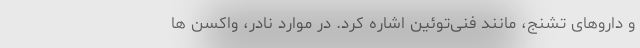
و داروهای تشنج، مانند فنی‌توئین اشاره کرد. در موارد نادر، واکسن ها